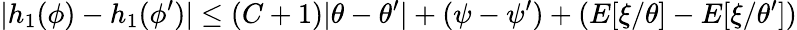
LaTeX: |h_{1}(\phi)-h_{1}(\phi^{\prime})|\le(C+1)|\theta-\theta^{\prime}|+(\psi-\psi^{\prime})+(E[\xi/\theta]-E[\xi/\theta^{\prime}])